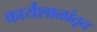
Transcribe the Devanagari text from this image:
कार्यशाळांतून